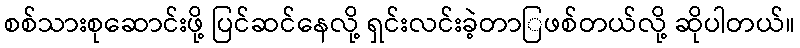
စစ်သားစုဆောင်းဖို့ ပြင်ဆင်နေလို့ ရှင်းလင်းခဲ့တာြဖစ်တယ်လို့ ဆိုပါတယ်။